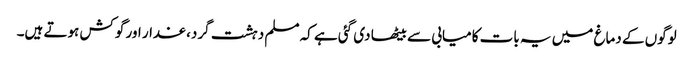
لوگوں کے دماغ میں یہ بات کامیابی سے بیٹھا دی گئی ہے کہ مسلم دہشت گرد، غدار اور گوکش ہوتے ہیں۔